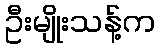
ဦးမျိုးသန့်က